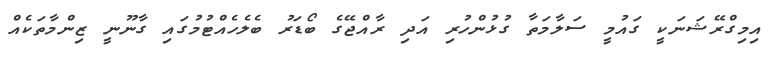
އިމިގްރޭޝަނަކީ ގައުމީ ސަލާމަތާ ގުޅުންހުރި އަދި ރާއްޖޭގެ ބޯޑަރު ބެލެހެއްޓުމުގައި ގާނޫނީ ޒިންމާތަކެއް